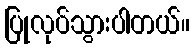
ပြုလုပ်သွားပါတယ်။